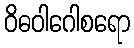
ဝိဓဝါဂေါစရော